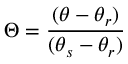
\Theta = \frac { ( \theta - \theta _ { r } ) } { ( \theta _ { s } - \theta _ { r } ) }